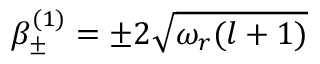
\beta _ { \pm } ^ { ( 1 ) } = \pm 2 \sqrt { \omega _ { r } ( l + 1 ) }